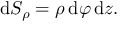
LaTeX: \mathrm { d } S _ { \rho } = \rho \, \mathrm { d } \varphi \, \mathrm { d } z .